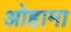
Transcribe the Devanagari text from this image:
ओहामा